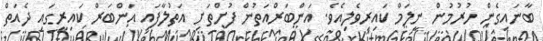
ބާނައިގެން ހުރުމުން ނީލަމް ކައިރިވެލިއެވެ. އަންބަރްއަތުން ފުށްތަށި އަތުލާފައި އަންބަރް ކައިރީގައި ދެއަތް